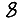
Digit: 8